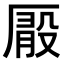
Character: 𠪘